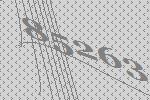
85263